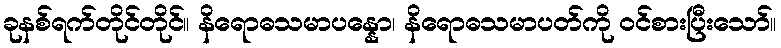
ခုနစ်ရက်တိုင်တိုင်။ နိရောဓသမာပန္နော၊ နိရောဓသမာပတ်ကို ဝင်စားပြီးသော်။